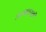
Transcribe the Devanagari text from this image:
अम्बवयवी